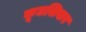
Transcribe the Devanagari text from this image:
कूटशिखर